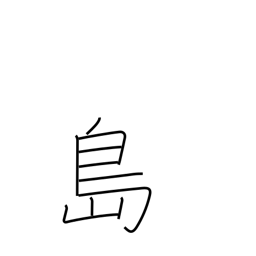
Meaning: island